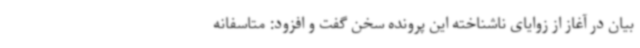
بیان در آغاز از زوایای ناشناخته این پرونده سخن گفت و افزود: متاسفانه